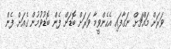
ވަރަށް މައްޗަށް ނަގާފައި އެހެންވީމާ ވަރަށް ބޮޑަށް ފެން ބޮޑުވުމުން ގެއަށް ފެން